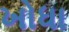
ખોધા